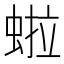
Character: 𬠏